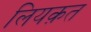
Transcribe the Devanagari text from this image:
लियक़त